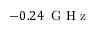
- 0 . 2 4 \ensuremath { \, \mathrm { ~ G ~ H ~ z ~ } }